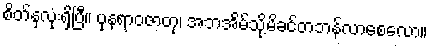
စိတ်နှလုံးရှိပြီ။ ပုနရာဝဇာတု၊ အဘအိမ်သို့မိခင်တဘန်လာစေလော။